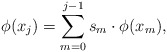
\begin{align*}\phi(x_j) = \sum_{m=0}^{j-1} s_m \cdot \phi(x_m),\end{align*}